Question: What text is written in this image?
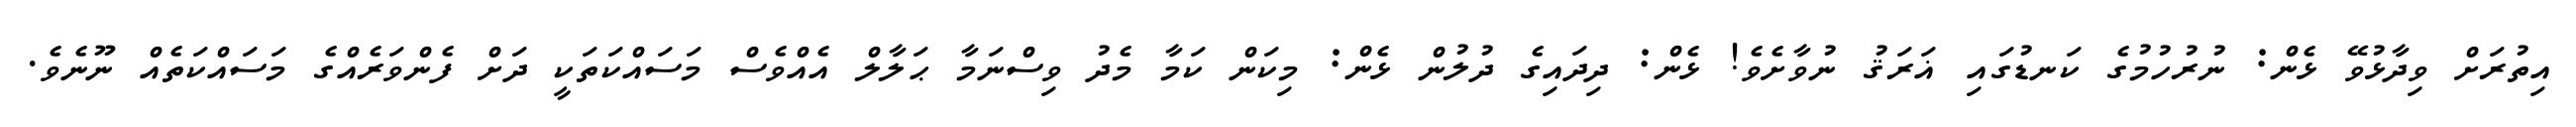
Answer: އިތުރަށް ވިދާޅުވޭ ޅެން: ނުރުހުމުގެ ކަނޑުގައި ޣަރަޤު ނުވާށެވެ! ޅެން: ދިދައިގެ ދުލުން ޅެން: މިކަން ކަމާ މެދު ވިސްނަމާ ޙަލާލް އެއްވެސް މަސައްކަތަކީ ދަށް ފެންވަރެއްގެ މަސައްކަތެއް ނޫނެވެ.